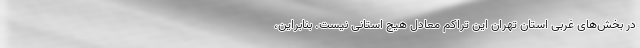
در بخش‌های غربی استان تهران این تراکم معادل هیچ استانی نیست. بنابراین،